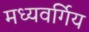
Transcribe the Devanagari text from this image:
मध्यवर्गिय